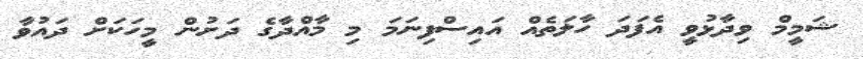
ޝަމީމް ވިދާޅުވީ އެފަދަ ހާލަތެއް އައިސްފިނަމަ މި މާއްދާގެ ދަށުން މީހަކަށް ދައުވާ